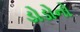
ડોડોનો